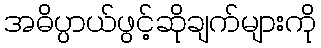
အဓိပ္ပာယ်ဖွင့်ဆိုချက်များကို